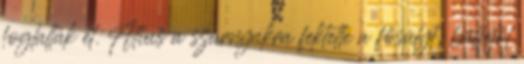
foglalták el. Atius a szárnyakra fektette a fősúlyt; balfelől